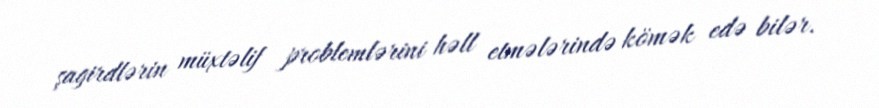
şagirdlərin müxtəlif problemlərini həll etmələrində kömək edə bilər.